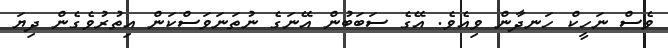
ވެސް ނަހީކް ހަނދާން ވިއެވެ. އޭގެ ސަބަބުން އޭނަގެ ނުތަނަވަސްކަން އިތުރުވެގެން ދިޔަ